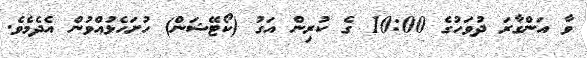
ވާ އަންގާރަ ދުވަހުގެ 10:00 ގެ ކުރިން އަގު (ކޯޓޭޝަން) ހުށަހެޅުއްވުން އެދެމެވެ.